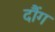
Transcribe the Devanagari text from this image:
दौंग